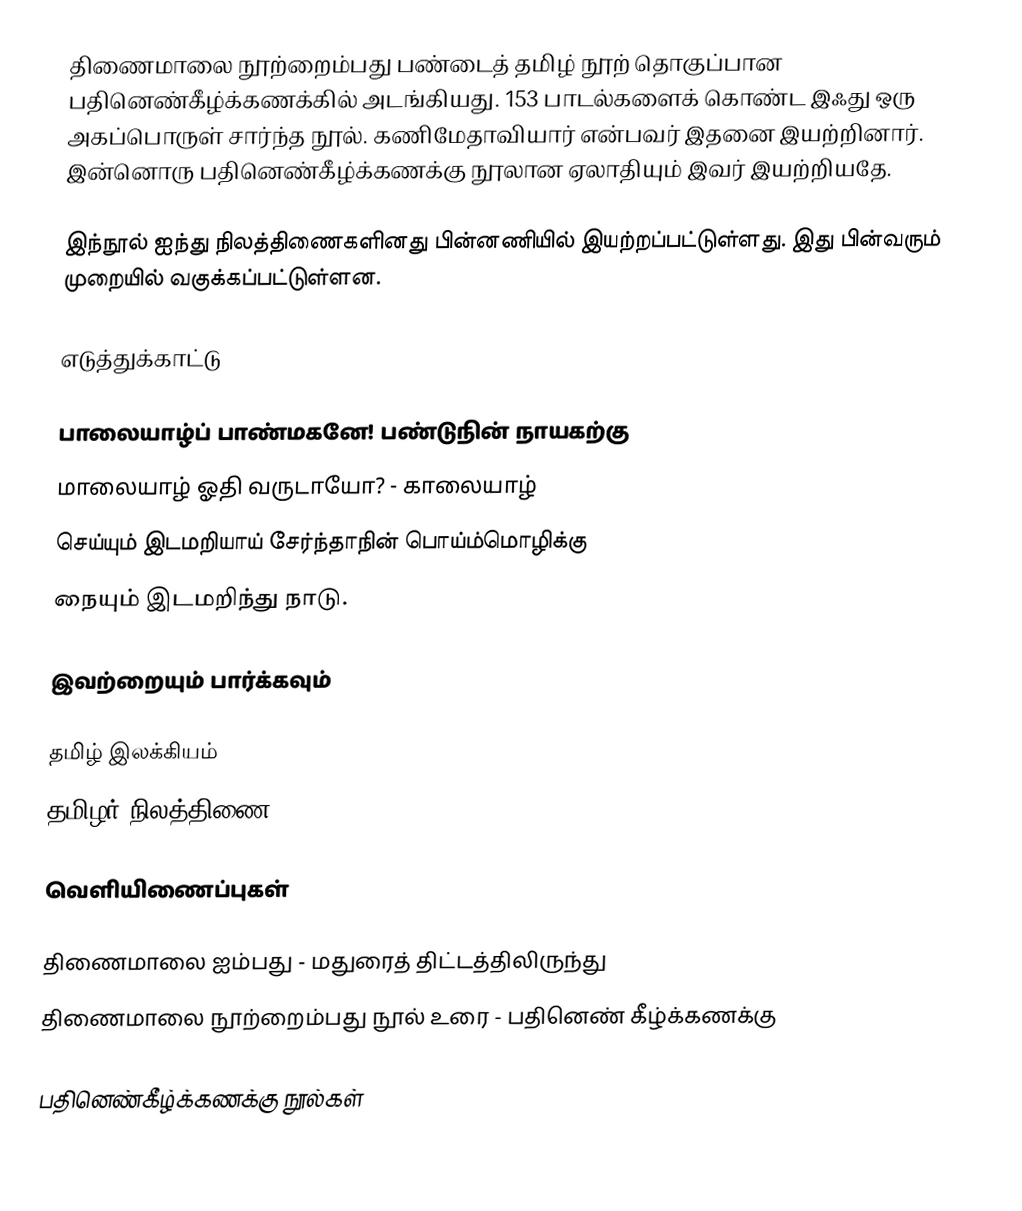
திணைமாலை நூற்றைம்பது பண்டைத் தமிழ் நூற் தொகுப்பான பதினெண்கீழ்க்கணக்கில் அடங்கியது. 153 பாடல்களைக் கொண்ட இஃது ஒரு அகப்பொருள் சார்ந்த நூல். கணிமேதாவியார் என்பவர் இதனை இயற்றினார். இன்னொரு பதினெண்கீழ்க்கணக்கு நூலான ஏலாதியும் இவர் இயற்றியதே.

இந்நூல் ஐந்து நிலத்திணைகளினது பின்னணியில் இயற்றப்பட்டுள்ளது. இது பின்வரும் முறையில் வகுக்கப்பட்டுள்ளன.

எடுத்துக்காட்டு

 பாலையாழ்ப் பாண்மகனே! பண்டுநின் நாயகற்கு
 மாலையாழ் ஓதி வருடாயோ? - காலையாழ்
 செய்யும் இடமறியாய் சேர்ந்தாநின் பொய்ம்மொழிக்கு
 நையும் இடமறிந்து நாடு.

இவற்றையும் பார்க்கவும்

  தமிழ் இலக்கியம்
  தமிழர் நிலத்திணை

வெளியிணைப்புகள்

  திணைமாலை ஐம்பது - மதுரைத் திட்டத்திலிருந்து
  திணைமாலை நூற்றைம்பது நூல் உரை - பதினெண் கீழ்க்கணக்கு

பதினெண்கீழ்க்கணக்கு நூல்கள்